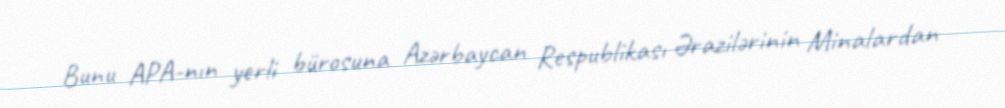
Bunu APA-nın yerli bürosuna Azərbaycan Respublikası Ərazilərinin Minalardan